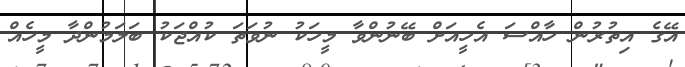
އޭގެ އިތުރުން ހާއްސަ އެހީއަށް ބޭނުންވާ މީހަކު ނުވަތަ ކުއްޖަކު ބަލަމުންދާ މީހެއް